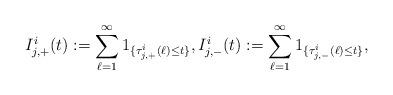
LaTeX: \begin{align*} I_{j,+}^i(t) := \sum_{\ell=1}^\infty 1_{\{\tau_{j,+}^i(\ell) \leq t\}}, I_{j,-}^i(t) := \sum_{\ell=1}^\infty 1_{\{\tau_{j,-}^i(\ell) \leq t\}}, \end{align*}